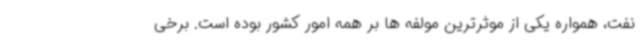
نفت، همواره یکی از موثرترین مولفه ‌ها بر همه امور کشور بوده است. برخی